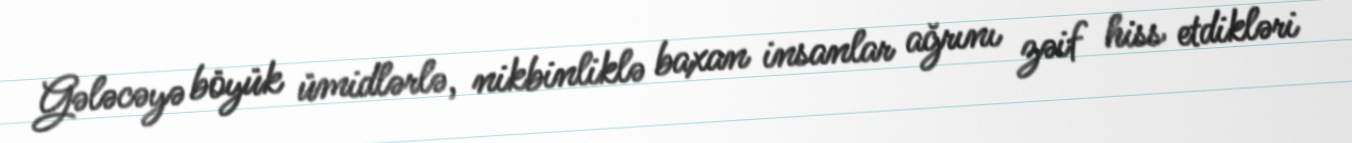
Gələcəyə böyük ümidlərlə, nikbinliklə baxan insanlar ağrını zəif hiss etdikləri